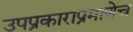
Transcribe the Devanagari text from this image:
उपप्रकाराप्रमाणेच